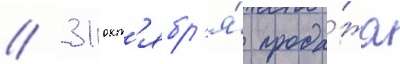
// 31 окт'ябр'я́ прода́жа